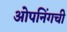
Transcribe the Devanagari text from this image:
ओपनिंगची